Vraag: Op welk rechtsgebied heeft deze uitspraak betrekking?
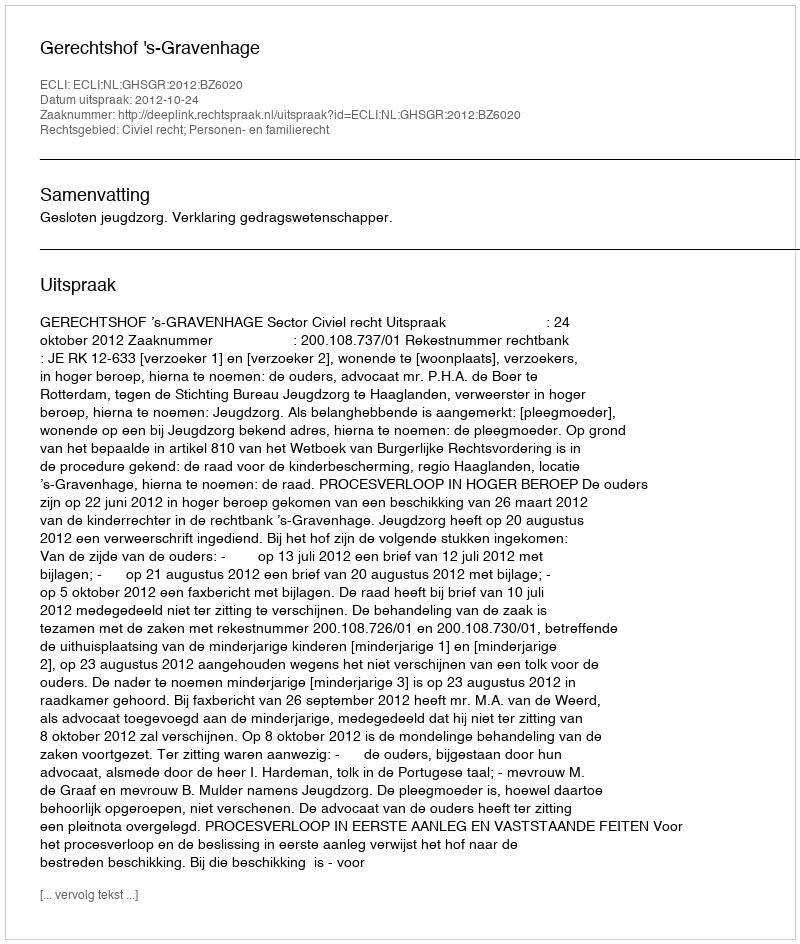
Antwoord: Civiel recht; Personen- en familierecht